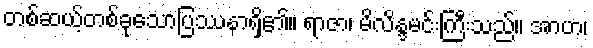
တစ်ဆယ့်တစ်ခုသောပြဿနာရှိ၏။ ရာဇာ၊ မိလိန္ဒမင်းကြီးသည်။ အာဟ၊